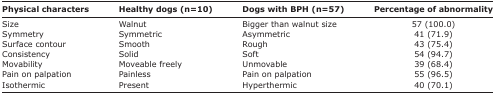
<table><thead><tr><td><b>Physical characters</b></td><td><b>Healthy dogs (n=10)</b></td><td><b>Dogs with BPH (n=57)</b></td><td><b>Percentage of abnormality</b></td></tr></thead><tbody><tr><td>Size</td><td>Walnut</td><td>Bigger than walnut size</td><td>57 (100.0)</td></tr><tr><td>Symmetry</td><td>Symmetric</td><td>Asymmetric</td><td>41 (71.9)</td></tr><tr><td>Surface contour</td><td>Smooth</td><td>Rough</td><td>43 (75.4)</td></tr><tr><td>Consistency</td><td>Solid</td><td>Soft</td><td>54 (94.7)</td></tr><tr><td>Movability</td><td>Moveable freely</td><td>Unmovable</td><td>39 (68.4)</td></tr><tr><td>Pain on palpation</td><td>Painless</td><td>Pain on palpation</td><td>55 (96.5)</td></tr><tr><td>Isothermic</td><td>Present</td><td>Hyperthermic</td><td>40 (70.1)</td></tr></tbody></table>